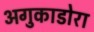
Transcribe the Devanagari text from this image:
अगुकाडोरा